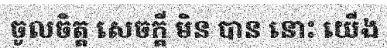
ចូលចិត្ត សេចក្តី មិន បាន នោះ យើង